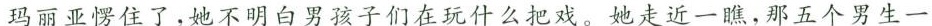
玛丽亚愣住了，她不明白男孩子们在玩什么把戏。她走近一瞧，那五个男生一